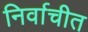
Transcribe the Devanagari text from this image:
निर्वाचीत